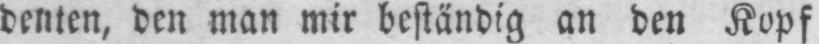
denten, den man mir beständig an den Kopf